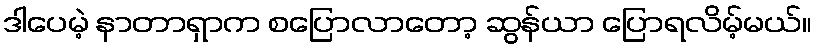
ဒါပေမဲ့ နာတာရှာက စပြောလာတော့ ဆွန်ယာ ပြောရလိမ့်မယ်။